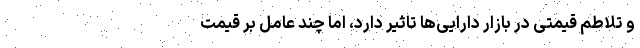
و تلاطم قیمتی در بازار دارایی‌ها تاثیر دارد، اما چند عامل بر قیمت